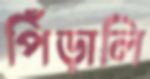
পিঁড়ালি